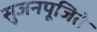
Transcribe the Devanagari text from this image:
सुजनपूजिते